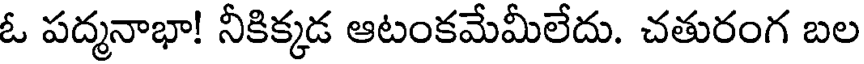
ఓ పద్మనాభా! నీకిక్కడ ఆటంకమేమీలేదు. చతురంగ బల